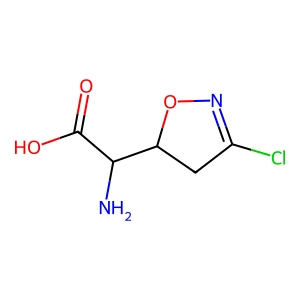
SMILES: NC(C(=O)O)C1CC(Cl)=NO1
Inhibits HIV replication: No